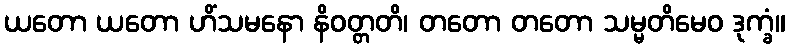
ယတော ယတော ဟိံသမနော နိဝတ္တတိ၊ တတော တတော သမ္မတိမေဝ ဒုက္ခံ။